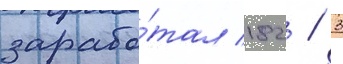
зарабо́тал 182 / 3